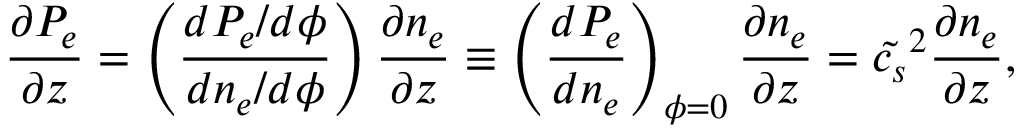
\frac { \partial P _ { e } } { \partial z } = \left( \frac { d P _ { e } / d \phi } { d n _ { e } / d \phi } \right) \frac { \partial n _ { e } } { \partial z } \equiv \left( \frac { d P _ { e } } { d n _ { e } } \right) _ { \phi = 0 } \frac { \partial n _ { e } } { \partial z } = \tilde { c _ { s } } ^ { 2 } \frac { \partial n _ { e } } { \partial z } ,